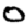
Digit: 0